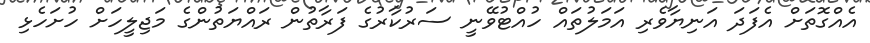
އެއްގޮތަށް އެފަދަ އަނިޔާވެރި އަމަލުތައް ހުއްޓުވޭނީ ސަރުކާރުގެ ފަރާތުން ރައްޔަތުންގެ މަޖިލީހަށް ހުށަހެޅި